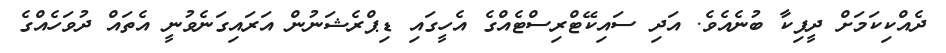
ދެއްކިކަމަށް ދީޕިކާ ބުނެއެވެ. އަދި ސައިކޭޓްރިސްޓެއްގެ އެހީގައި ޑިޕްރެޝަނުން އަރައިގަނެވުނީ އެތައް ދުވަހެއްގެ